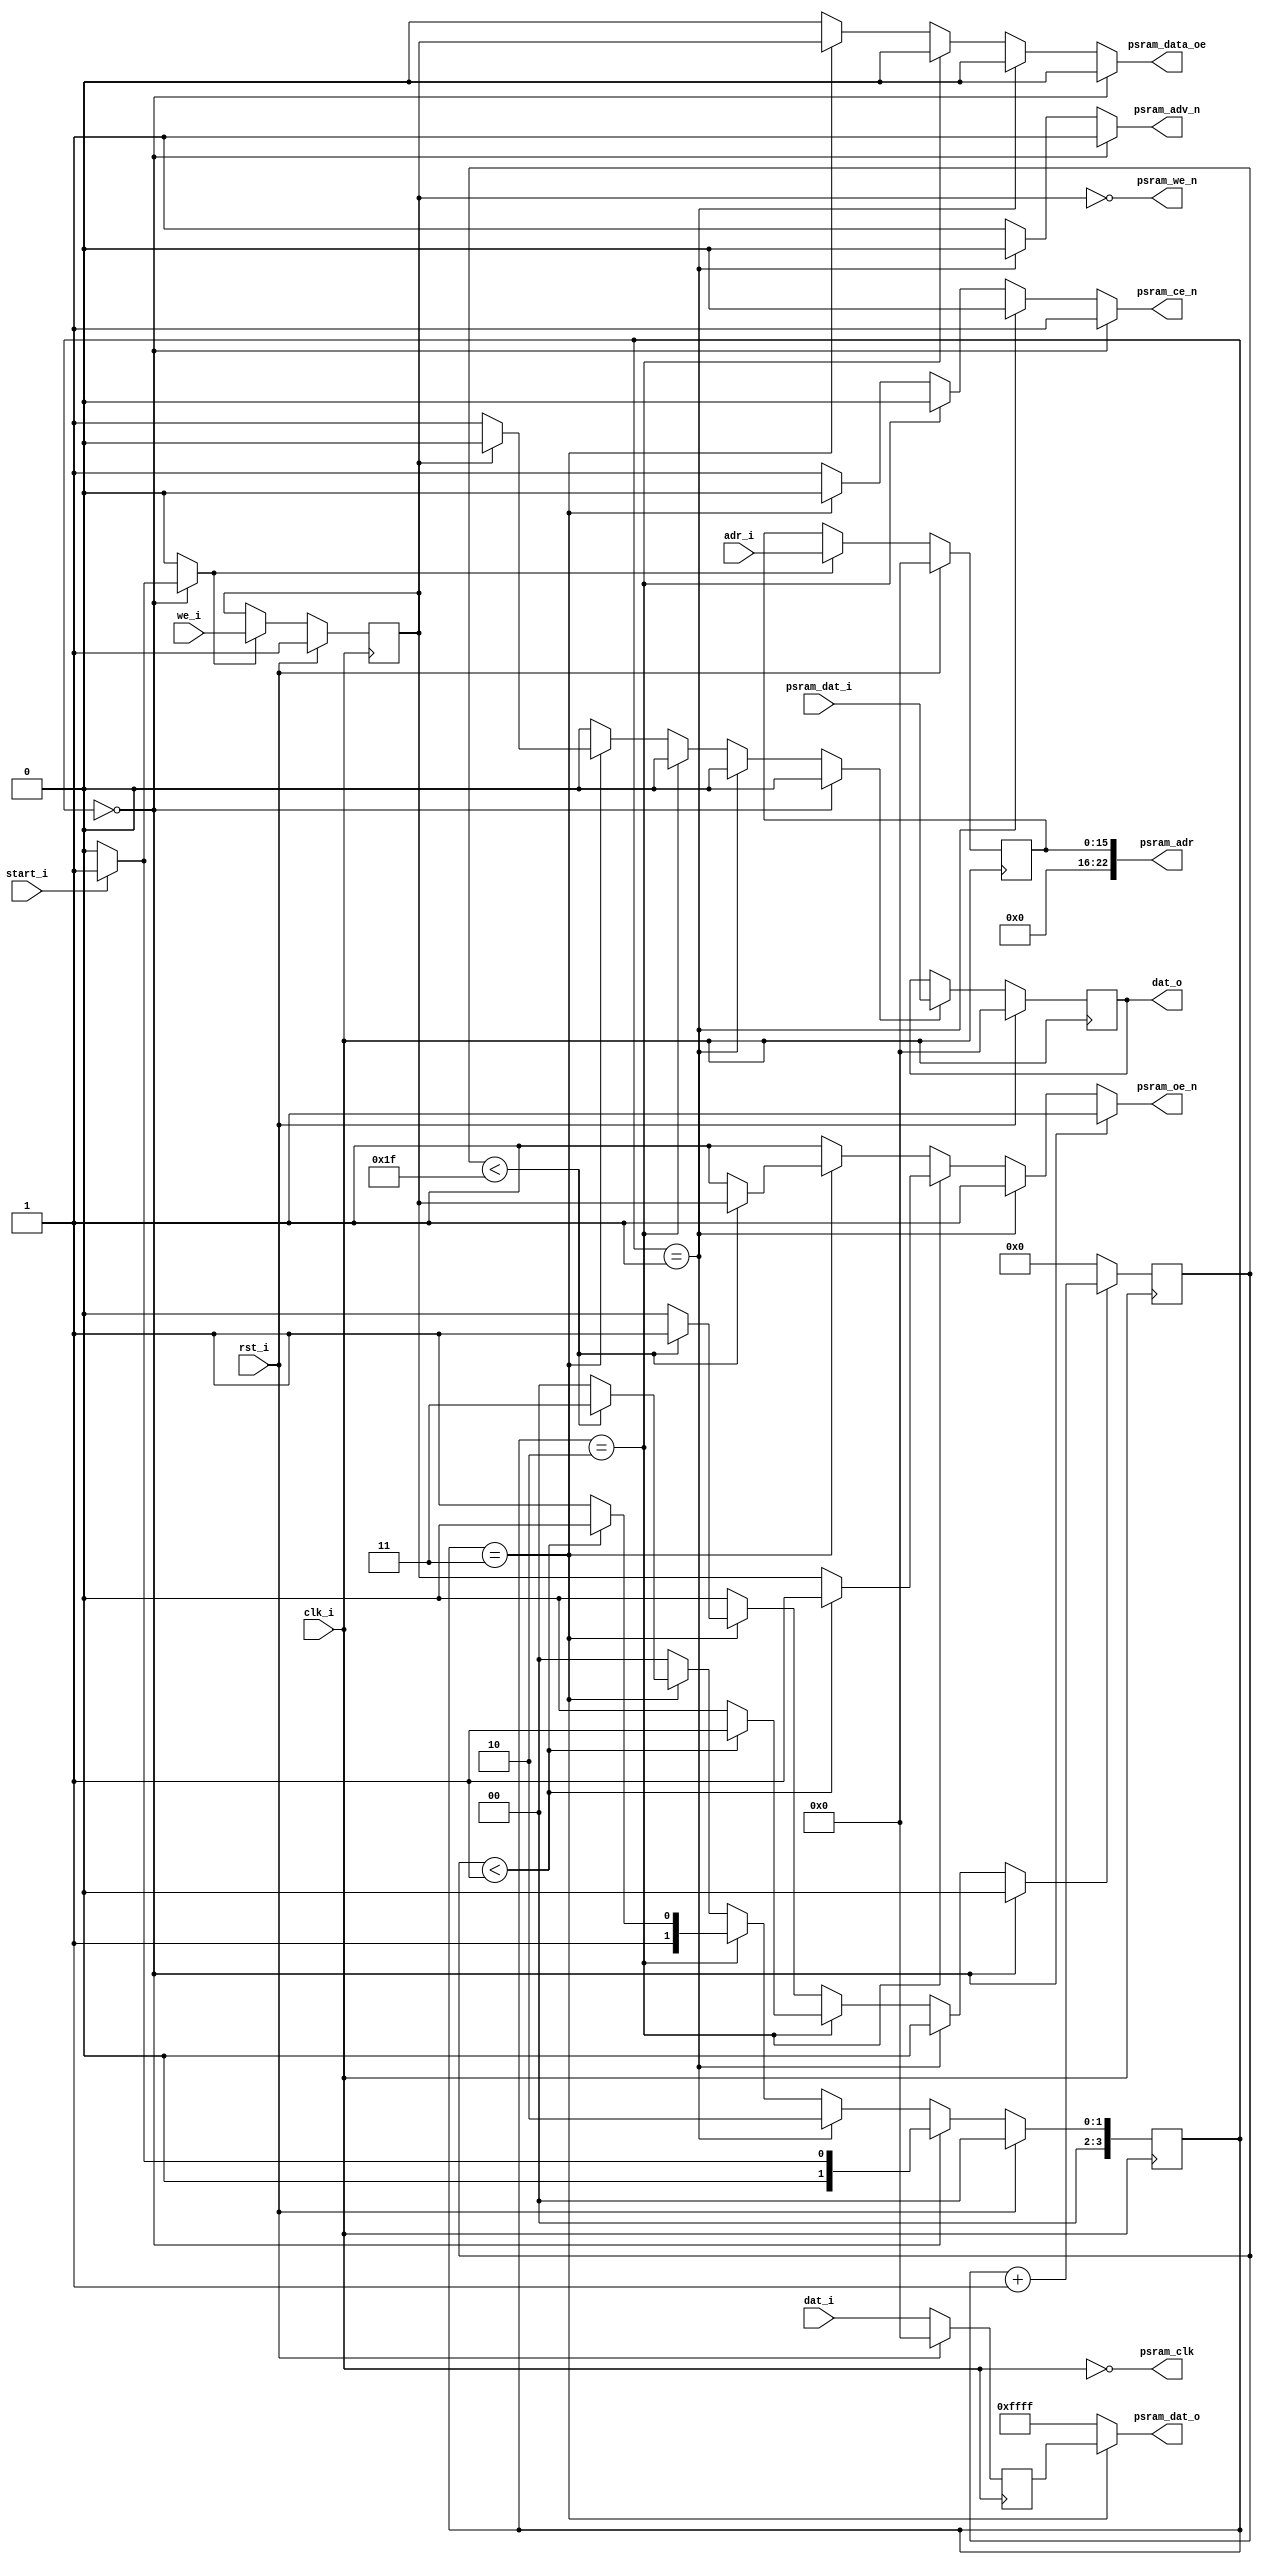

module psram_burst_controller #
(
    parameter address_width = 16,
    parameter data_width = 16,
    parameter psram_address_width = 23,
    parameter access_latency = 1,
    parameter burst_size = 31
)

(
    //Inteface
    input rst_i,
    input clk_i,
    input [address_width-1:0] adr_i,
    input [data_width-1:0] dat_i,
    output [data_width-1:0] dat_o,
    input start_i,
    input we_i,
    //PSRAM signals
    output psram_clk,
    output [psram_address_width-1:0] psram_adr,
    input [data_width-1:0] psram_dat_i,
    output [data_width-1:0] psram_dat_o,
    output reg psram_data_oe,
    output psram_we_n,
    output reg psram_ce_n,
    output reg psram_adv_n,
    output reg psram_oe_n
);

reg counter_en;
reg [8:0] counter;

always@(posedge clk_i)begin
    if(!counter_en)
        counter <= 0;
    else
        counter <= counter + 1;
end

localparam state_bits = 4;

reg [state_bits-1:0] state;
reg [state_bits-1:0] next_state;

localparam state_idle= 0;
localparam state_address_set = 1;
localparam state_access_wait = 2;
localparam state_xfer = 3;


reg load_address;
reg [address_width-1:0] address_reg;

// Address save
always@(posedge clk_i)begin
    if(rst_i)
        address_reg <= 0;
    else if(load_address)
        address_reg <= adr_i;
end

reg load_we;
reg we_reg;

// we save
always@(posedge clk_i)begin
    if(rst_i)
        we_reg <= 1;
    else if(load_we)
        we_reg <= we_i;
end

reg psram_dat_i_reg_en;
reg [data_width-1:0] psram_dat_i_reg;

//  psram_dat_i_reg save
always@(posedge clk_i)begin
    if(rst_i)
         psram_dat_i_reg <= 0;
    else if(psram_dat_i_reg_en)
         psram_dat_i_reg <= psram_dat_i;
end

reg [data_width-1:0] dat_i_reg;

//  psram_dat_i_reg save
always@(posedge clk_i)begin
    if(rst_i)
         dat_i_reg <= 0;
    else
         dat_i_reg <= dat_i;
end

// Update state register
always@(posedge clk_i)begin
    if(rst_i)
        state <= state_idle;
    else
        state <= next_state;
end

// next state decoder
always@(*)begin
    next_state = state_idle;
    if(state == state_idle)begin
        if(start_i)
           next_state = state_address_set;
        else
           next_state = state_idle;
    end
    else if(state == state_address_set)begin
       next_state = state_access_wait;
    end
    else if(state == state_access_wait)begin
        if(counter < access_latency)
            next_state = state_access_wait;
        else
            next_state = state_xfer;
    end
    else if(state == state_xfer)begin
        if(counter < burst_size)
            next_state = state_xfer;
        else
            next_state = state_idle;
    end
end


// Ouput decoder
always@(*)begin
    psram_ce_n = 1;
    psram_adv_n = 1;
    psram_oe_n = 1;
    psram_data_oe = 0;

    load_we = 0;
    load_address = 0;
    counter_en = 0;
    psram_dat_i_reg_en = 0;

    if(state == state_idle)begin
        if(start_i)begin
            load_we = 1;
            load_address = 1;
        end
    end
    else if(state == state_address_set)begin
        psram_ce_n = 0;
        psram_adv_n = 0;
    end
    else if(state == state_access_wait)begin
        psram_ce_n = 0;
        if(counter < access_latency)
            counter_en = 1;
        else
            psram_oe_n = we_reg;
    end
    else if(state == state_xfer)begin
        psram_ce_n = 0;
        psram_data_oe = we_reg;
        if(counter < burst_size)begin
            counter_en = 1;
            psram_oe_n = we_reg;
        end
        if(!we_reg)
            psram_dat_i_reg_en = 1;
    end
end

assign psram_we_n = ~we_reg;
assign psram_adr = address_reg;
assign psram_dat_o = (state == state_xfer) ? dat_i_reg : 16'hffff;
assign psram_clk = ~clk_i;

assign dat_o = psram_dat_i_reg;

endmodule